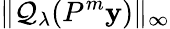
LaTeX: \| \mathcal{Q}_{\lambda}(P^{m}\mathbf{y})\| _{\infty}